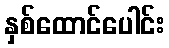
နှစ်ထောင်ပေါင်း